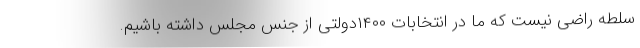
سلطه راضی نیست که ما در انتخابات ۱۴۰۰دولتی از جنس مجلس داشته باشیم.